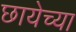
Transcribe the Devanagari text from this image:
छायेच्या